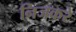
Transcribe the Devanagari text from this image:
निजकरे